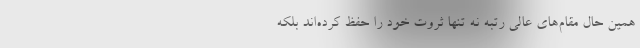
همین حال مقام‌های عالی رتبه نه تنها ثروت خود را حفظ کرده‌اند بلکه